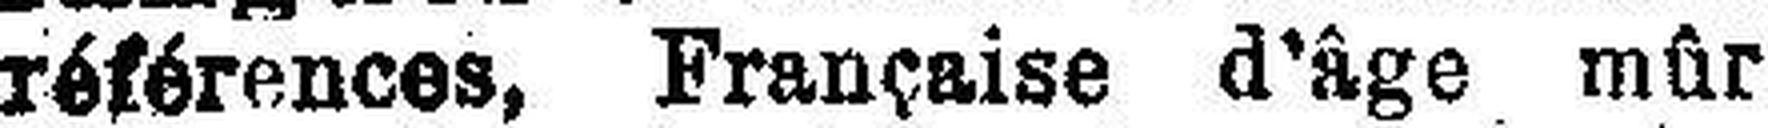
réfénces, Française d’âge mûr